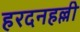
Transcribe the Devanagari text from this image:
हरदनहल्ली